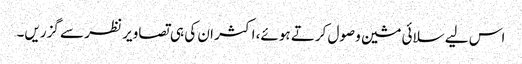
اس لیے سلائی مشین وصول کرتے ہوئے، اکثر ان کی ہی تصاویر نظر سے گزریں۔